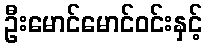
ဦးမောင်မောင်ဝင်းနှင့်